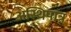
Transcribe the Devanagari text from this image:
अस्थिपात्र